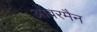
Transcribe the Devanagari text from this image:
ओवरमैन